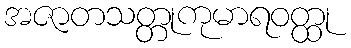
အဇာတသတ္တုကုမာရဝတ္ထု